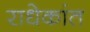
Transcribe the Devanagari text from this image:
राधेकांत